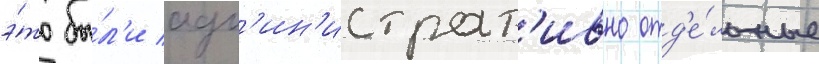
э́то бы́л'и адм'ин'истрат'ивно отд'е́льные